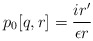
\begin{align*}p_0[q,r] = \frac{i r'}{\epsilon r} \end{align*}